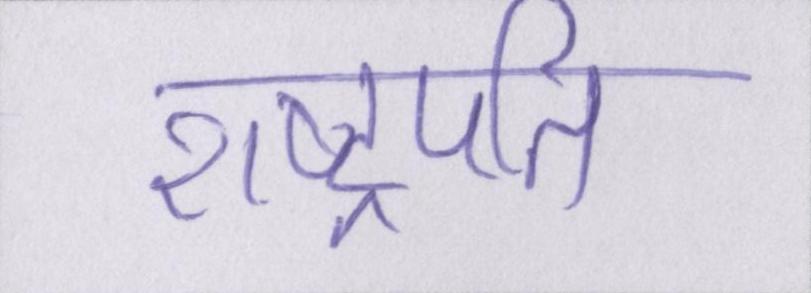
राष्ट्रपति